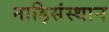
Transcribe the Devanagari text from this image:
नाड़िसंस्थान